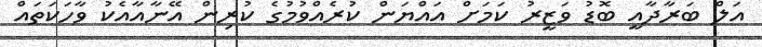
އަލް ބަރާދާއީ ބޮޑު ވަޒީރު ކަމަށް އައްޔަން ކުރެއްވުމުގެ ކުރިން އޭނާއާއެކު ވާހަކަތައް